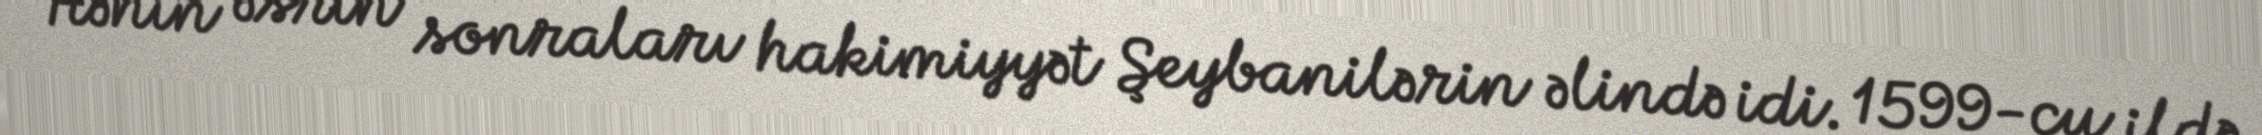
Hənin əsrin sonraları hakimiyyət Şeybanilərin əlində idi. 1599-cu ildə